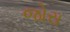
જોરા